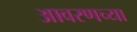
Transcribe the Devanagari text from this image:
आवरणच्या